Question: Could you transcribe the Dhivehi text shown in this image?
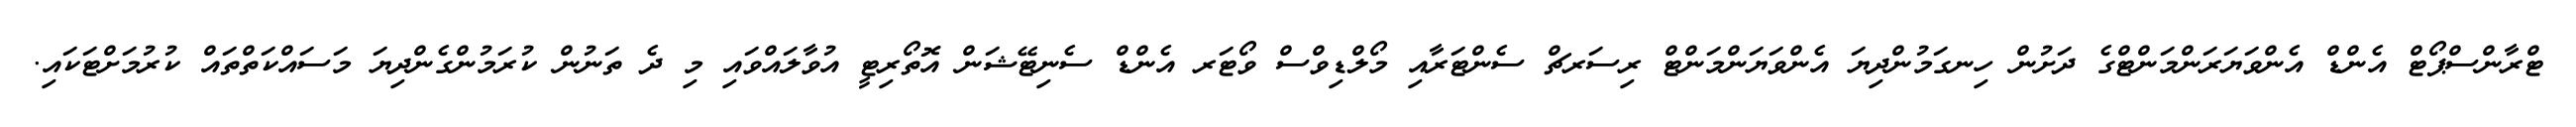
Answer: ޓްރާންސްޕޯޓް އެންޑް އެންވަޔަރަންމަންޓްގެ ދަށުން ހިނގަމުންދިޔަ އެންވަޔަންމަންޓް ރިސަރޗް ސެންޓަރާއި މޯލްޑިވްސް ވޯޓަރ އެންޑް ސެނިޓޭޝަން އޮތޯރިޓީ އުވާލައްވައި މި ދެ ތަނުން ކުރަމުންގެންދިޔަ މަސައްކަތްތައް ކުރުމަށްޓަކައި.